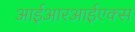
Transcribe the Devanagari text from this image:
आईआरआईएक्स